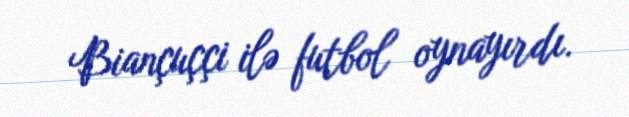
Biançuççi ilə futbol oynayırdı.